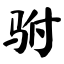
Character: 驸